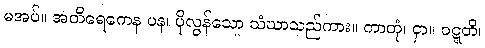
မအပ်။ အတိရေကေန ပန၊ ပိုလွန်သော သံဃာသည်ကား။ ကာတုံ၊ ငှာ။ ဝဋ္ဋတိ၊